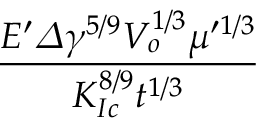
\frac { E ^ { \prime } \varDelta \gamma ^ { 5 / 9 } V _ { o } ^ { 1 / 3 } \mu ^ { \prime 1 / 3 } } { K _ { I c } ^ { 8 / 9 } t ^ { 1 / 3 } }